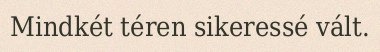
Mindkét téren sikeressé vált.